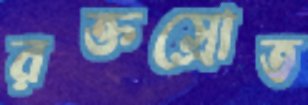
রক্তস্রোত